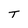
Character: T